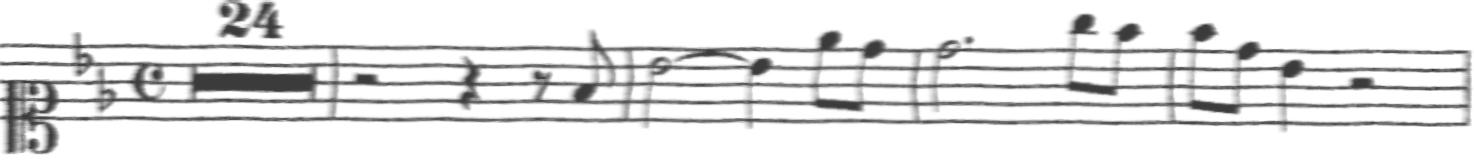
Transcription: clef-C1 keySignature-BbM timeSignature-C multirest-24 barline rest-half rest-quarter rest-eighth note-F4_eighth barline note-Bb4_half tie note-Bb4_quarter note-Eb5_eighth note-D5_eighth barline note-D5_half. note-G5_eighth note-F5_eighth barline note-F5_eighth note-D5_eighth note-Bb4_quarter rest-half barline